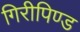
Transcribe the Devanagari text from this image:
गिरीपिण्ड